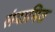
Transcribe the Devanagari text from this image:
संदामित